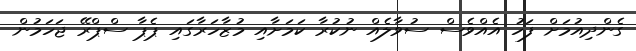
ގެންދިއުމަށް ފަހު އެއްވެސް ސުވާލެއް ނުކުރާ ކަމަށާއި މުޒާހަރާގައި ޕެޕާ ސްޕްރޭ ޖަހަމުން